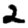
Digit: 2